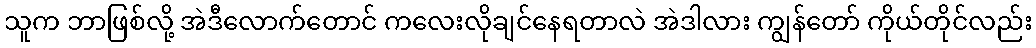
သူက ဘာဖြစ်လို့ အဲဒီလောက်တောင် ကလေးလိုချင်နေရတာလဲ အဲဒါလား ကျွန်တော် ကိုယ်တိုင်လည်း